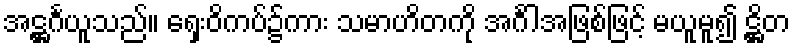
အဋ္ဌင်္ဂယူသည်။ ရှေးဝိကပ်၌ကား သမာဟိတကို အင်္ဂါအဖြစ်ဖြင့် မယူမူ၍ ဋ္ဌိတ